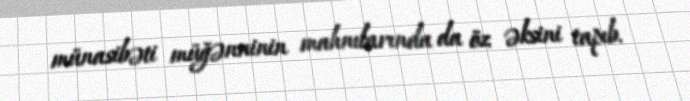
münasibəti müğənninin mahnılarında da öz əksini tapıb.